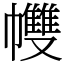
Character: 𢅻